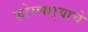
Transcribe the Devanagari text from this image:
कोरणार्‍याचे